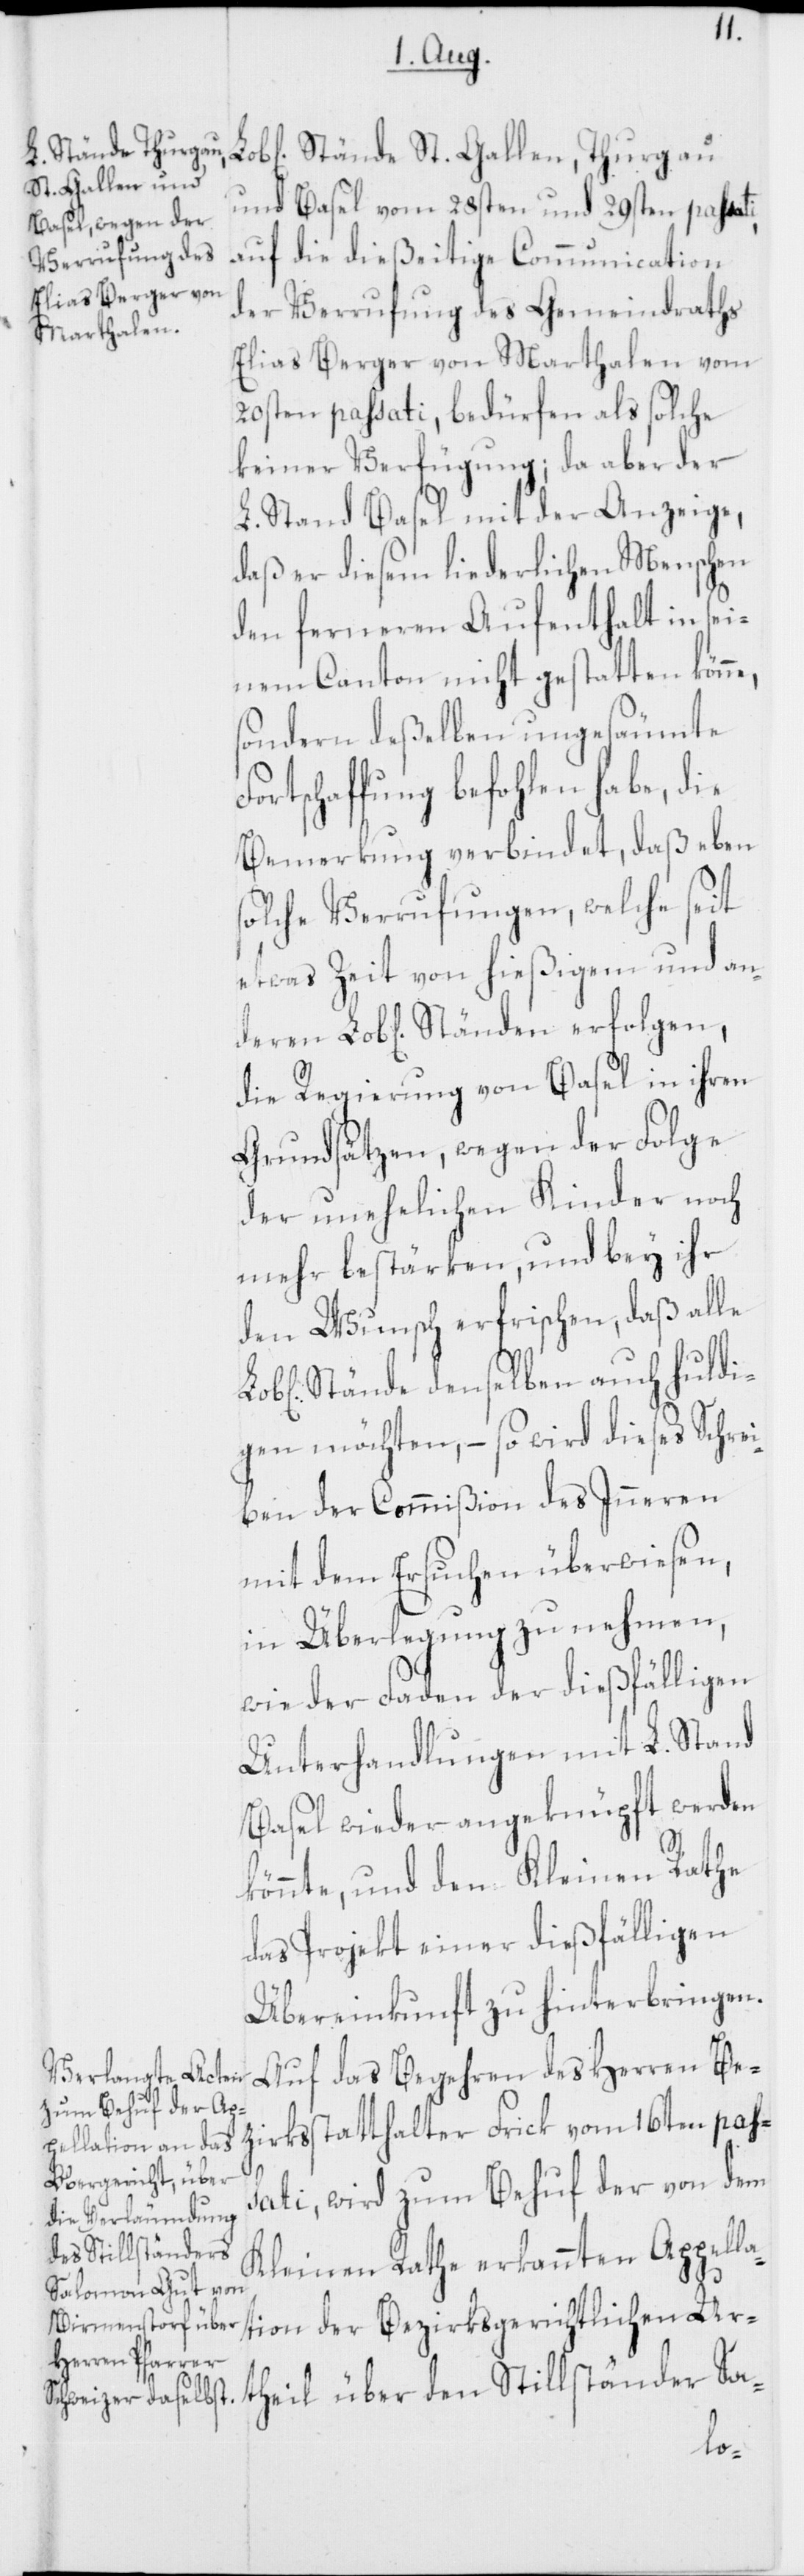
Stände St. Gallen, Thurgau
und Basel vom 28sten und 29sten passati,
auf die dießeitige Communication
der Verrufung des Gemeindraths
Elias Berger von Marthalen vom
20sten passati, bedürfen als solche
keiner Verfügung; da aber der
L. Stand Basel mit der Anzeige,
daß er diesen liederlichen Menschen
den ferneren Aufenthalt in sei¬
nem Canton nicht gestatten könn¬
sondern deßelben ungesäumte
Fortschaffung befohlen habe, die
Bemerkung verbindet, daß eben
solche Verrufungen, welche seit
etwas Zeit von hießigem und and¬
die Regierung von Basel in ihren
Grundsätzen, wegen der Folge
der unehelichen Kinder noch
mehr bestärken, und bey ihr
den Wunsch erfrischen, daß alle
Stände denselben auch huldi¬
gen möchten, – so wird dieses Schrei¬
ben der Commißion des Inneren
mit dem Ersuchen überwiesen,
in Überlegung zu nehmen,
wie der Faden der dießfälligen
Unterhandlungen mit L. Stand
Basel wieder angeknüpft werden
könnte, und dem Kleinen Rathe
das Projekt einer dießfälligen
Übereinkunft zu hinterbringen.
Auf das Begehren des Herren Be¬
zirksstatthalter Frick vom 16ten pas¬
sati, wird zum Behuf der von dem
den Stillständer
Kleinen Rathe erkannten Appella¬
der